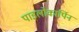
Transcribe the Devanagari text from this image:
पाइलोकार्पिन